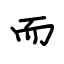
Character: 而